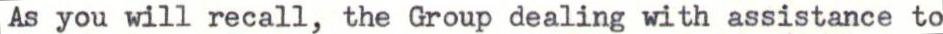
As you will recall, the Group dealing with assistance to